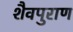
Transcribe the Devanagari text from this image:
शैवपुराण